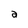
Character: 2